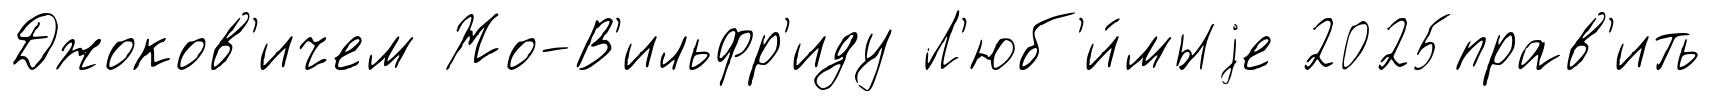
Джоков'ичем Жо-В'ильфр'иду Л'юб'и́мыjе 2025прав'ить